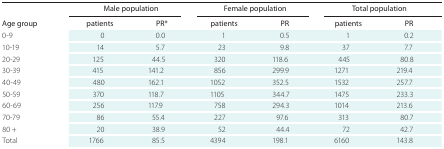
| <ROWSPAN=2> Age group | <COLSPAN=2> Male population | <COLSPAN=2> Female population | <COLSPAN=2> Total population |
 | --- | --- | --- | --- | --- | --- | --- |
 | patients | PR* | patients | PR | patients | PR |
 | 0-9 | 0 | 0.0 | 1 | 0.5 | 1 | 0.2 |
 | 10-19 | 14 | 5.7 | 23 | 9.8 | 37 | 7.7 |
 | 20-29 | 125 | 44.5 | 320 | 118.6 | 445 | 80.8 |
 | 30-39 | 415 | 141.2 | 856 | 299.9 | 1271 | 219.4 |
 | 40-49 | 480 | 162.1 | 1052 | 352.5 | 1532 | 257.7 |
 | 50-59 | 370 | 118.7 | 1105 | 344.7 | 1475 | 233.3 |
 | 60-69 | 256 | 117.9 | 758 | 294.3 | 1014 | 213.6 |
 | 70-79 | 86 | 55.4 | 227 | 97.6 | 313 | 80.7 |
 | 80 + | 20 | 38.9 | 52 | 44.4 | 72 | 42.7 |
 | Total | 1766 | 85.5 | 4394 | 198.1 | 6160 | 143.8 |